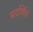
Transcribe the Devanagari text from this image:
प्रदशि॔त